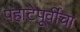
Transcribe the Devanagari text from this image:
पहाटेपूर्वींचा